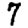
Digit: 7